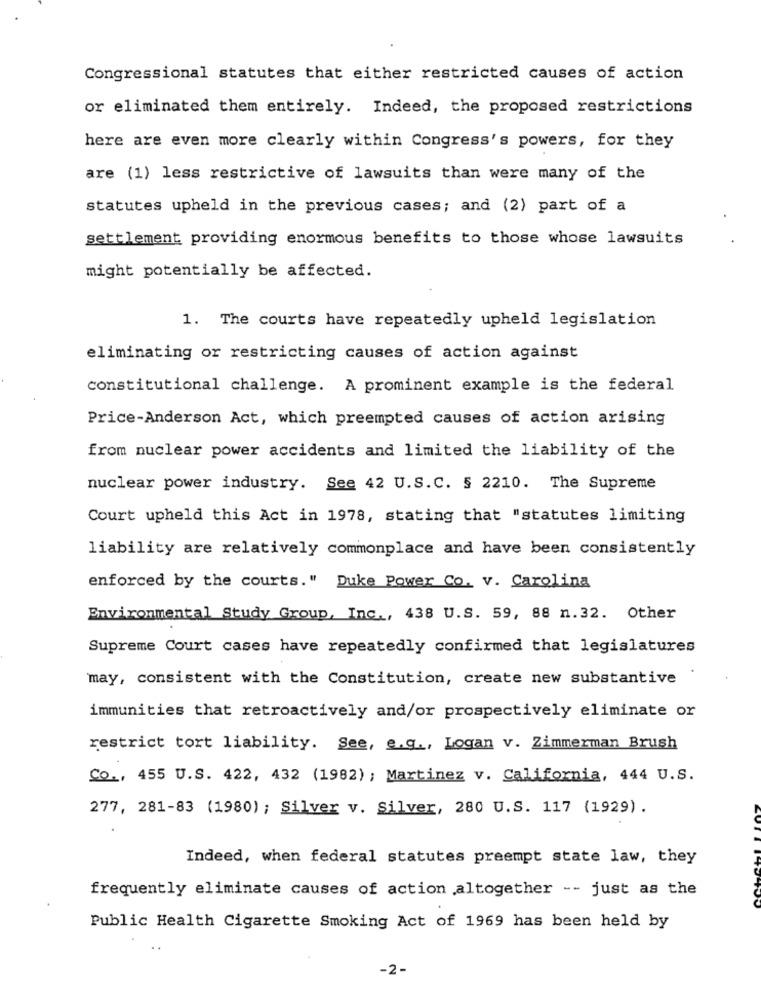
Congressional statutes that either restricted causes of action
or eliminated them entirely. Indeed, the proposed restrictions
here are even more clearly within Congress's powers, for they
are (1) less restrictive of lawsuits than were many of the
statutes upheld in the previous cases; and (2) part of a
settlement providing enormous benefits to those whose lawsuits
might potentially be affected.
1. The courts have repeatedly upheld legislation
eliminating or restricting causes of action against
constitutional challenge. A prominent example is the federal
Price-Anderson Act, which preempted causes of action arising
from nuclear power accidents and limited the liability of the
nuclear power industry. See 42 U.S.C. § 2210. The Supreme
Court upheld this Act in 1978, stating that "statutes limiting
liability are relatively commonplace and have been consistently
enforced by the courts. " Duke Power Co. v. Carolina
Environmental Study Group, Inc ., 438 U.S. 59, 88 n.32. Other
Supreme Court cases have repeatedly confirmed that legislatures
may, consistent with the Constitution, create new substantive
immunities that retroactively and/or prospectively eliminate or
restrict tort liability. See, e.g ., Logan v. Zimmerman Brush
Co ., 455 U.S. 422, 432 (1982) ; Martinez v. California, 444 U.S.
277, 281-83 (1980) ; Silver v. Silver, 280 U.S. 117 (1929) .
Indeed, when federal statutes preempt state law, they
frequently eliminate causes of action altogether -- just as the
Public Health Cigarette Smoking Act of 1969 has been held by
-2-